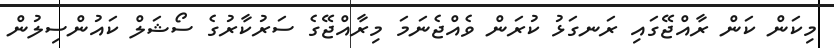
މިކަން ކަން ރާއްޖޭގައި ރަނގަޅު ކުރަން ވެއްޖެނަމަ މިރާއްޖޭގެ ސަރުކާރުގެ ސޯޝަލް ކައުންސިލުން